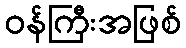
ဝန်ကြီးအဖြစ်